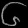
Digit: ၆